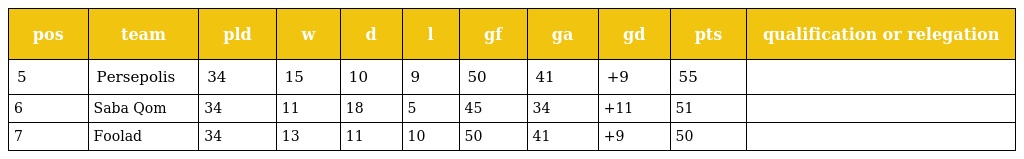
| pos | team | pld | w | d | l | gf | ga | gd | pts | qualification or relegation |
 | --- | --- | --- | --- | --- | --- | --- | --- | --- | --- | --- |
 | 5 | Persepolis | 34 | 15 | 10 | 9 | 50 | 41 | +9 | 55 |  |
 | 6 | Saba Qom | 34 | 11 | 18 | 5 | 45 | 34 | +11 | 51 |  |
 | 7 | Foolad | 34 | 13 | 11 | 10 | 50 | 41 | +9 | 50 |  |